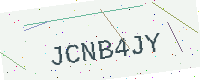
Text: JCNB4JY